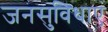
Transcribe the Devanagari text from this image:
जनसुविधाएं